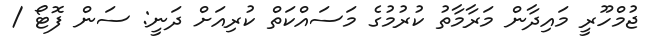
ޖުމްހޫރީ މައިދާން މަރާމާތު ކުރުމުގެ މަސައްކަތް ކުރިއަށް ދަނީ: ސަން ފޮޓޯ /